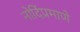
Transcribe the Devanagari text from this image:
नोदिंप्रमाणे